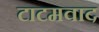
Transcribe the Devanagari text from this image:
टाटमवाद